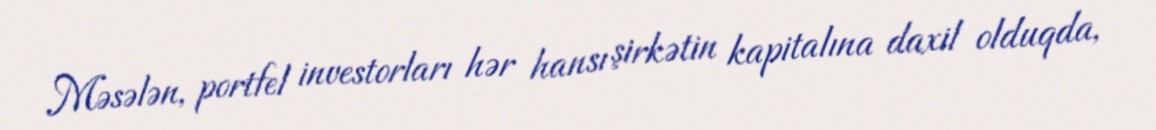
Məsələn, portfel investorları hər hansı şirkətin kapitalına daxil olduqda,